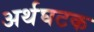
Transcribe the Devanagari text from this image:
अर्थघटक